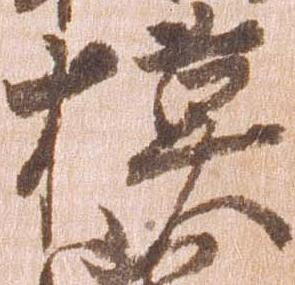
模